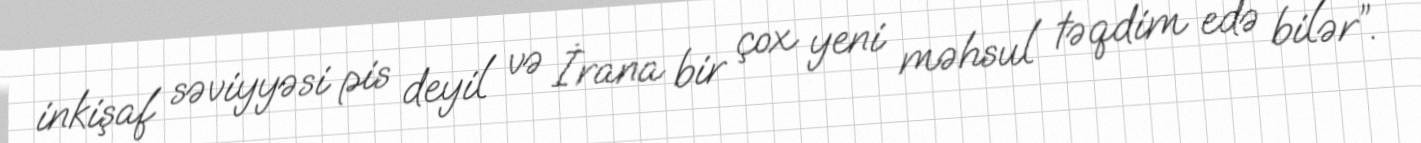
inkişaf səviyyəsi pis deyil və İrana bir çox yeni məhsul təqdim edə bilər”.